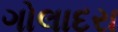
ગોલાદરા